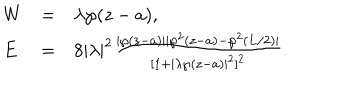
LaTeX: \left. \begin{array} { l l l } { { W } } & { { = } } & { { \lambda \wp ( z - a ) , } } \\ { { E } } & { { = } } & { { 8 | \lambda | ^ { 2 } \frac { | \wp ( z - a ) | | \wp ^ { 2 } ( z - a ) - \wp ^ { 2 } ( L / 2 ) | } { [ 1 + | \lambda \wp ( z - a ) | ^ { 2 } ] ^ { 2 } } . } } \\ \end{array} \right.